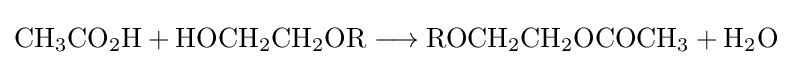
{\mathrm {CH} {\vphantom {A}}_{\smash[{t}]{3}}\mathrm {CO} {\vphantom {A}}_{\smash[{t}]{2}}\mathrm {H} {}+{}\mathrm {HOCH} {\vphantom {A}}_{\smash[{t}]{2}}\mathrm {CH} {\vphantom {A}}_{\smash[{t}]{2}}\mathrm {OR} {}\mathrel {\longrightarrow } {}\mathrm {ROCH} {\vphantom {A}}_{\smash[{t}]{2}}\mathrm {CH} {\vphantom {A}}_{\smash[{t}]{2}}\mathrm {OCOCH} {\vphantom {A}}_{\smash[{t}]{3}}{}+{}\mathrm {H} {\vphantom {A}}_{\smash[{t}]{2}}\mathrm {O} }